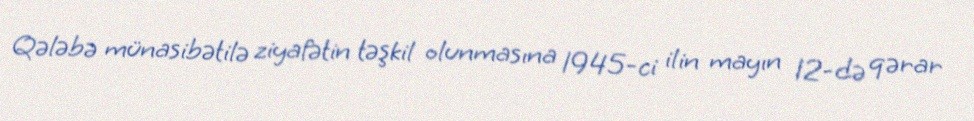
Qələbə münasibətilə ziyafətin təşkil olunmasına 1945-ci ilin mayın 12-də qərar